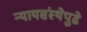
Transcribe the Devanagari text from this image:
न्यायसंस्थेपुढे